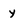
Character: y